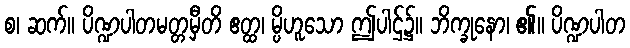
စ၊ ဆက်။ ပိဏ္ဍပါတမတ္တမှီတိ ဧတ္ထ၊ မ္ပိဟူသော ဤပါဌ်၌။ ဘိက္ခုနော၊ ၏။ ပိဏ္ဍပါတ